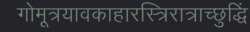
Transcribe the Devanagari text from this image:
गोमूत्रयावकाहारस्त्रिरात्राच्छुद्धिं